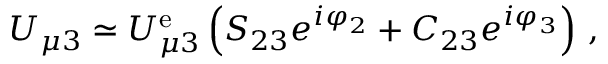
U _ { \mu 3 } \simeq U _ { \mu 3 } ^ { \mathrm { e } } \left( S _ { 2 3 } e ^ { i \varphi _ { 2 } } + C _ { 2 3 } e ^ { i \varphi _ { 3 } } \right) \, ,